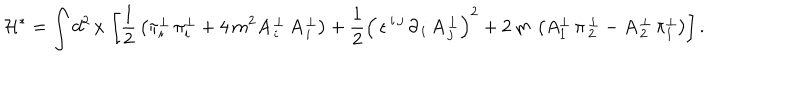
LaTeX: \mathcal { H } ^ { \ast } = \int d ^ { 2 } \, x \, \left[ \frac { 1 } { 2 } \, \left( \pi _ { i } ^ { \perp } \, \pi _ { i } ^ { \perp } + 4 \, m ^ { 2 } A \, _ { i } ^ { \perp } \, A \, _ { i } ^ { \perp } \right) + \frac { 1 } { 2 } \left( \, \epsilon ^ { \, i \, j } \, \partial _ { \, i } \, A \, _ { j } ^ { \perp } \right) ^ { 2 } + 2 \, m \, \left( A _ { 1 } ^ { \perp } \, \pi \, _ { 2 } ^ { \perp } - A \, _ { 2 } ^ { \perp } \, \pi _ { 1 } ^ { \perp } \right) \right] .